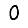
Digit: 0